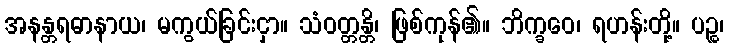
အနန္တရဓာနာယ၊ မကွယ်ခြင်းငှာ။ သံဝတ္တန္တိ၊ ဖြစ်ကုန်၏။ ဘိက္ခဝေ၊ ရဟန်းတို့။ ပဉ္စ၊